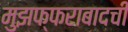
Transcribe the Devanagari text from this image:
मुझफ्फराबादची